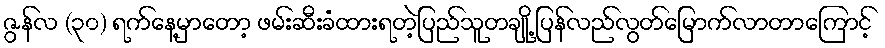
ဇွန်လ (၃၀) ရက်နေ့မှာတော့ ဖမ်းဆီးခံထားရတဲ့ပြည်သူတချို့ ပြန်လည်လွတ်မြောက်လာတာကြောင့်